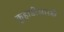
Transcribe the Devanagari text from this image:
कुर्‍हाडीसारखे